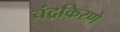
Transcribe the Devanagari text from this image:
चंद्रकिरणे